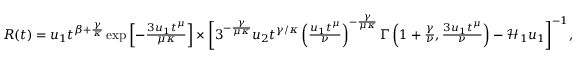
\begin{array} { r } { R ( t ) = u _ { 1 } t ^ { \beta + \frac { \gamma } { \kappa } } \exp \left[ - \frac { 3 u _ { 1 } t ^ { \mu } } { \mu \kappa } \right] \times \bigg [ 3 ^ { - \frac { \gamma } { \mu \kappa } } u _ { 2 } t ^ { \gamma / \kappa } \left( \frac { u _ { 1 } t ^ { \mu } } { \nu } \right) ^ { - \frac { \gamma } { \mu \kappa } } \Gamma \left( 1 + \frac { \gamma } { \nu } , \frac { 3 u _ { 1 } t ^ { \mu } } { \nu } \right) - \mathcal { H } _ { 1 } u _ { 1 } \bigg ] ^ { - 1 } , } \end{array}